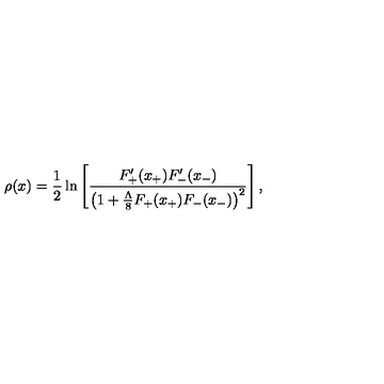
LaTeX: \rho ( x ) = \frac { 1 } { 2 } \ln \left[ \frac { F _ { + } ^ { \prime } ( x _ { + } ) F _ { - } ^ { \prime } ( x _ { - } ) } { \left( 1 + \frac { \Lambda } { 8 } F _ { + } ( x _ { + } ) F _ { - } ( x _ { - } ) \right) ^ { 2 } } \right] ,